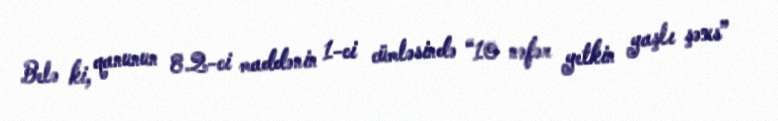
Belə ki, qanunun 8.2-ci maddənin 1-ci cümləsində “10 nəfər yetkin yaşlı şəxs”